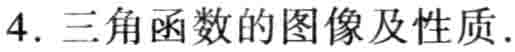
4. 三角函数的图像及性质.